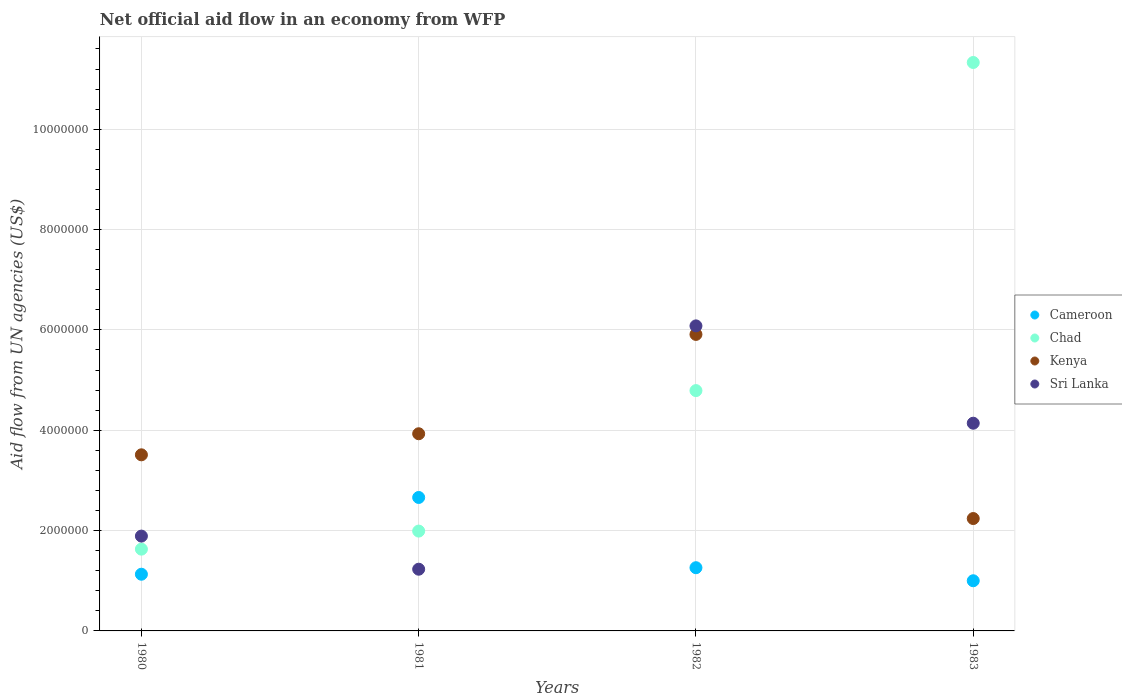
| Years | Cameroon | Chad | Kenya | Sri Lanka |
 | --- | --- | --- | --- | --- |
 | 1980 | 1.13e+06 | 1.63e+06 | 3.51e+06 | 1.89e+06 |
 | 1981 | 2.66e+06 | 1.99e+06 | 3.93e+06 | 1.23e+06 |
 | 1982 | 1.26e+06 | 4.79e+06 | 5.91e+06 | 6.08e+06 |
 | 1983 | 1e+06 | 1.13e+07 | 2.24e+06 | 4.14e+06 |